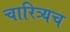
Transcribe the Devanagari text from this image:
चारित्र्यच